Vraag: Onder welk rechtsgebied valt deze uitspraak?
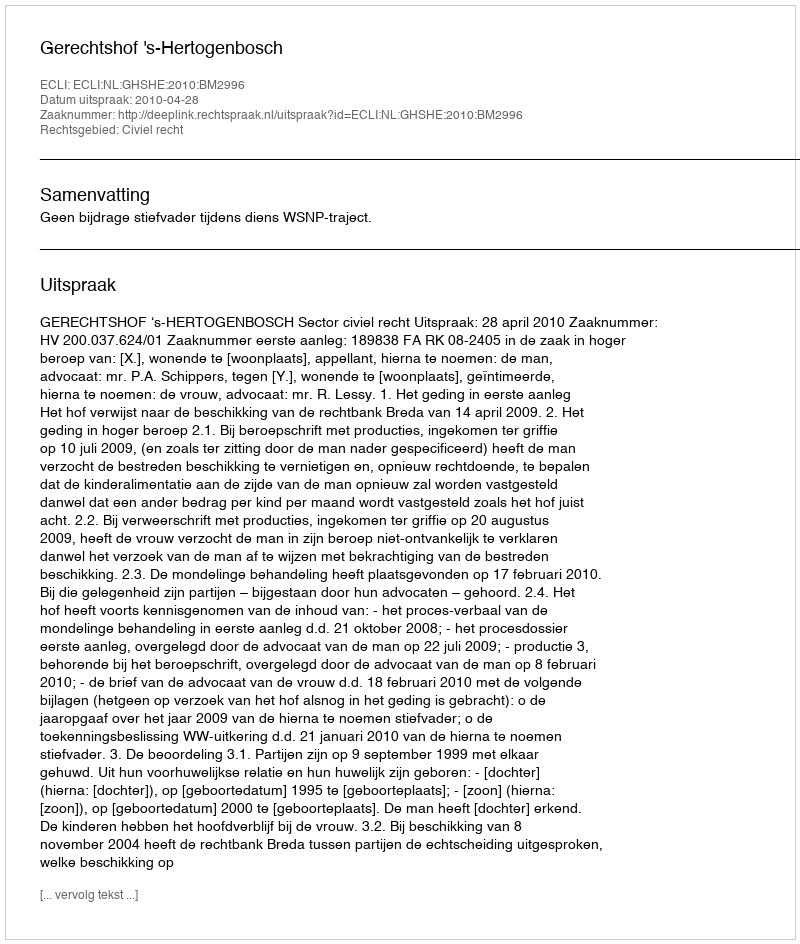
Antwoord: Civiel recht